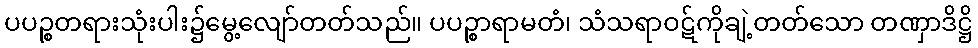
ပပဉ္စတရားသုံးပါး၌မွေ့လျော်တတ်သည်။ ပပဉ္စာရာမတံ၊ သံသရာဝဋ်ကိုချဲ့တတ်သော တဏှာဒိဋ္ဌိ